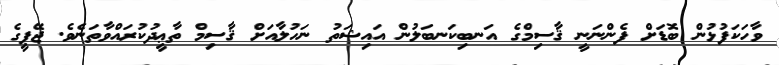
ވާހަކަފުޅުން ބޮޑަށް ފެންނަނީ ޤާސިމްގެ އަނބިިކަނބަލުން އައިޝަތު ނަހުލާއަށް ޤާސިމް ތާޢީދުކުރައްވާތަނެވެ. ޖޭޕީގެ